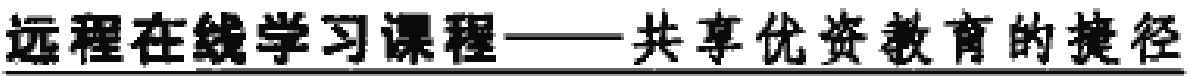
远程在线学习课程——共享优资教育的捷径